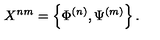
X ^ { n m } = \left\{ \Phi ^ { ( n ) } , \Psi ^ { ( m ) } \right\} .